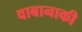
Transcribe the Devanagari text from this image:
वाबानाकी